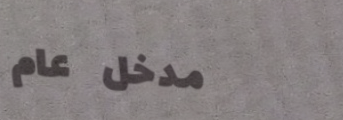
مدخل عام